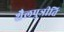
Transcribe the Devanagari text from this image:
शैलपुत्रीति